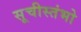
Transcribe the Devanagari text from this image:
सूचीस्तंभो